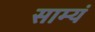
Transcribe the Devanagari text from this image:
साम्यं